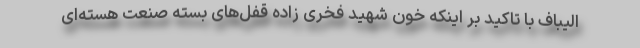
الیباف با تاکید بر اینکه خون شهید فخری زاده قفل‌های بسته صنعت هسته‌ای